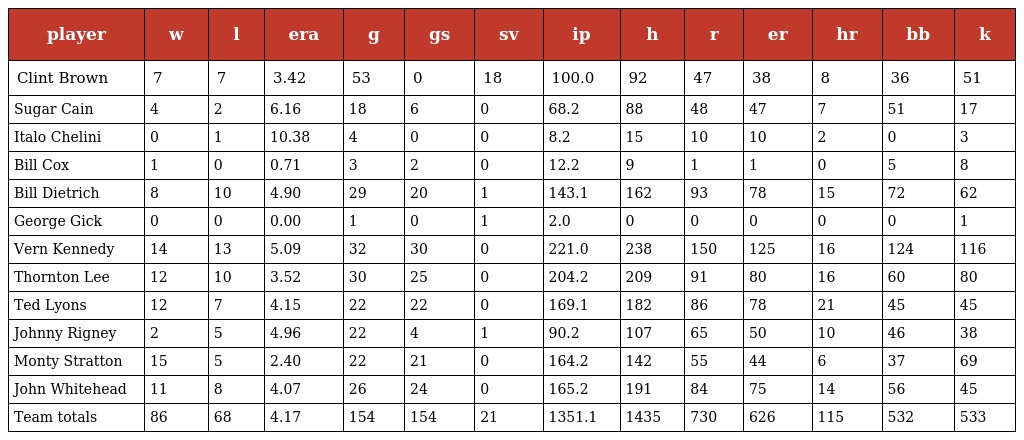
| player | w | l | era | g | gs | sv | ip | h | r | er | hr | bb | k |
 | --- | --- | --- | --- | --- | --- | --- | --- | --- | --- | --- | --- | --- | --- |
 | Clint Brown | 7 | 7 | 3.42 | 53 | 0 | 18 | 100.0 | 92 | 47 | 38 | 8 | 36 | 51 |
 | Sugar Cain | 4 | 2 | 6.16 | 18 | 6 | 0 | 68.2 | 88 | 48 | 47 | 7 | 51 | 17 |
 | Italo Chelini | 0 | 1 | 10.38 | 4 | 0 | 0 | 8.2 | 15 | 10 | 10 | 2 | 0 | 3 |
 | Bill Cox | 1 | 0 | 0.71 | 3 | 2 | 0 | 12.2 | 9 | 1 | 1 | 0 | 5 | 8 |
 | Bill Dietrich | 8 | 10 | 4.90 | 29 | 20 | 1 | 143.1 | 162 | 93 | 78 | 15 | 72 | 62 |
 | George Gick | 0 | 0 | 0.00 | 1 | 0 | 1 | 2.0 | 0 | 0 | 0 | 0 | 0 | 1 |
 | Vern Kennedy | 14 | 13 | 5.09 | 32 | 30 | 0 | 221.0 | 238 | 150 | 125 | 16 | 124 | 116 |
 | Thornton Lee | 12 | 10 | 3.52 | 30 | 25 | 0 | 204.2 | 209 | 91 | 80 | 16 | 60 | 80 |
 | Ted Lyons | 12 | 7 | 4.15 | 22 | 22 | 0 | 169.1 | 182 | 86 | 78 | 21 | 45 | 45 |
 | Johnny Rigney | 2 | 5 | 4.96 | 22 | 4 | 1 | 90.2 | 107 | 65 | 50 | 10 | 46 | 38 |
 | Monty Stratton | 15 | 5 | 2.40 | 22 | 21 | 0 | 164.2 | 142 | 55 | 44 | 6 | 37 | 69 |
 | John Whitehead | 11 | 8 | 4.07 | 26 | 24 | 0 | 165.2 | 191 | 84 | 75 | 14 | 56 | 45 |
 | Team totals | 86 | 68 | 4.17 | 154 | 154 | 21 | 1351.1 | 1435 | 730 | 626 | 115 | 532 | 533 |